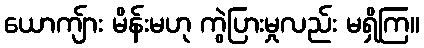
ယောကျ်ား မိန်းမဟု ကွဲပြားမှုလည်း မရှိကြ။